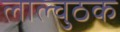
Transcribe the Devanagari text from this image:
लाल्चुठक